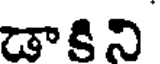
డాకిని